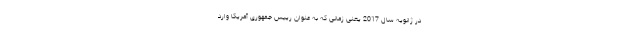
در ژانویه سال 2017 یعنی زمانی که به عنوان رییس جمهوری آمریکا وارد